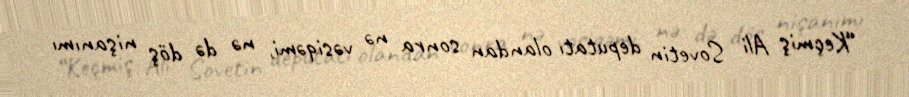
“Keçmiş Ali Sovetin deputatı olandan sonra nə vəsiqəmi, nə də döş nişanımı